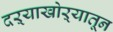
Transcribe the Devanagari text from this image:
दऱ्याखोऱ्यातून